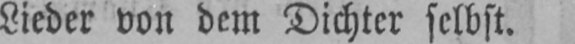
Lieder von dem Dichter selbst.